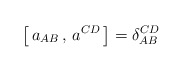
\begin{align*}\big[\, a_{AB}\, ,\, a^{CD} \, \big] = \delta_{AB}^{CD}\end{align*}